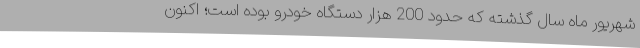
شهریور ماه سال گذشته که حدود 200 هزار دستگاه خودرو بوده است؛ اکنون